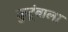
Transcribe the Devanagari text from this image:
कुटूंबाला